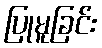
ပြုမူခြင်း